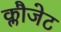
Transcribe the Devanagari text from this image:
क्लौजेट